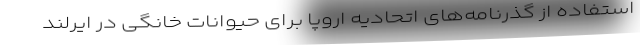
استفاده از گذرنامه‌های اتحادیه اروپا برای حیوانات خانگی در ایرلند